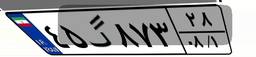
۴۵گ۸۷۳۲۸